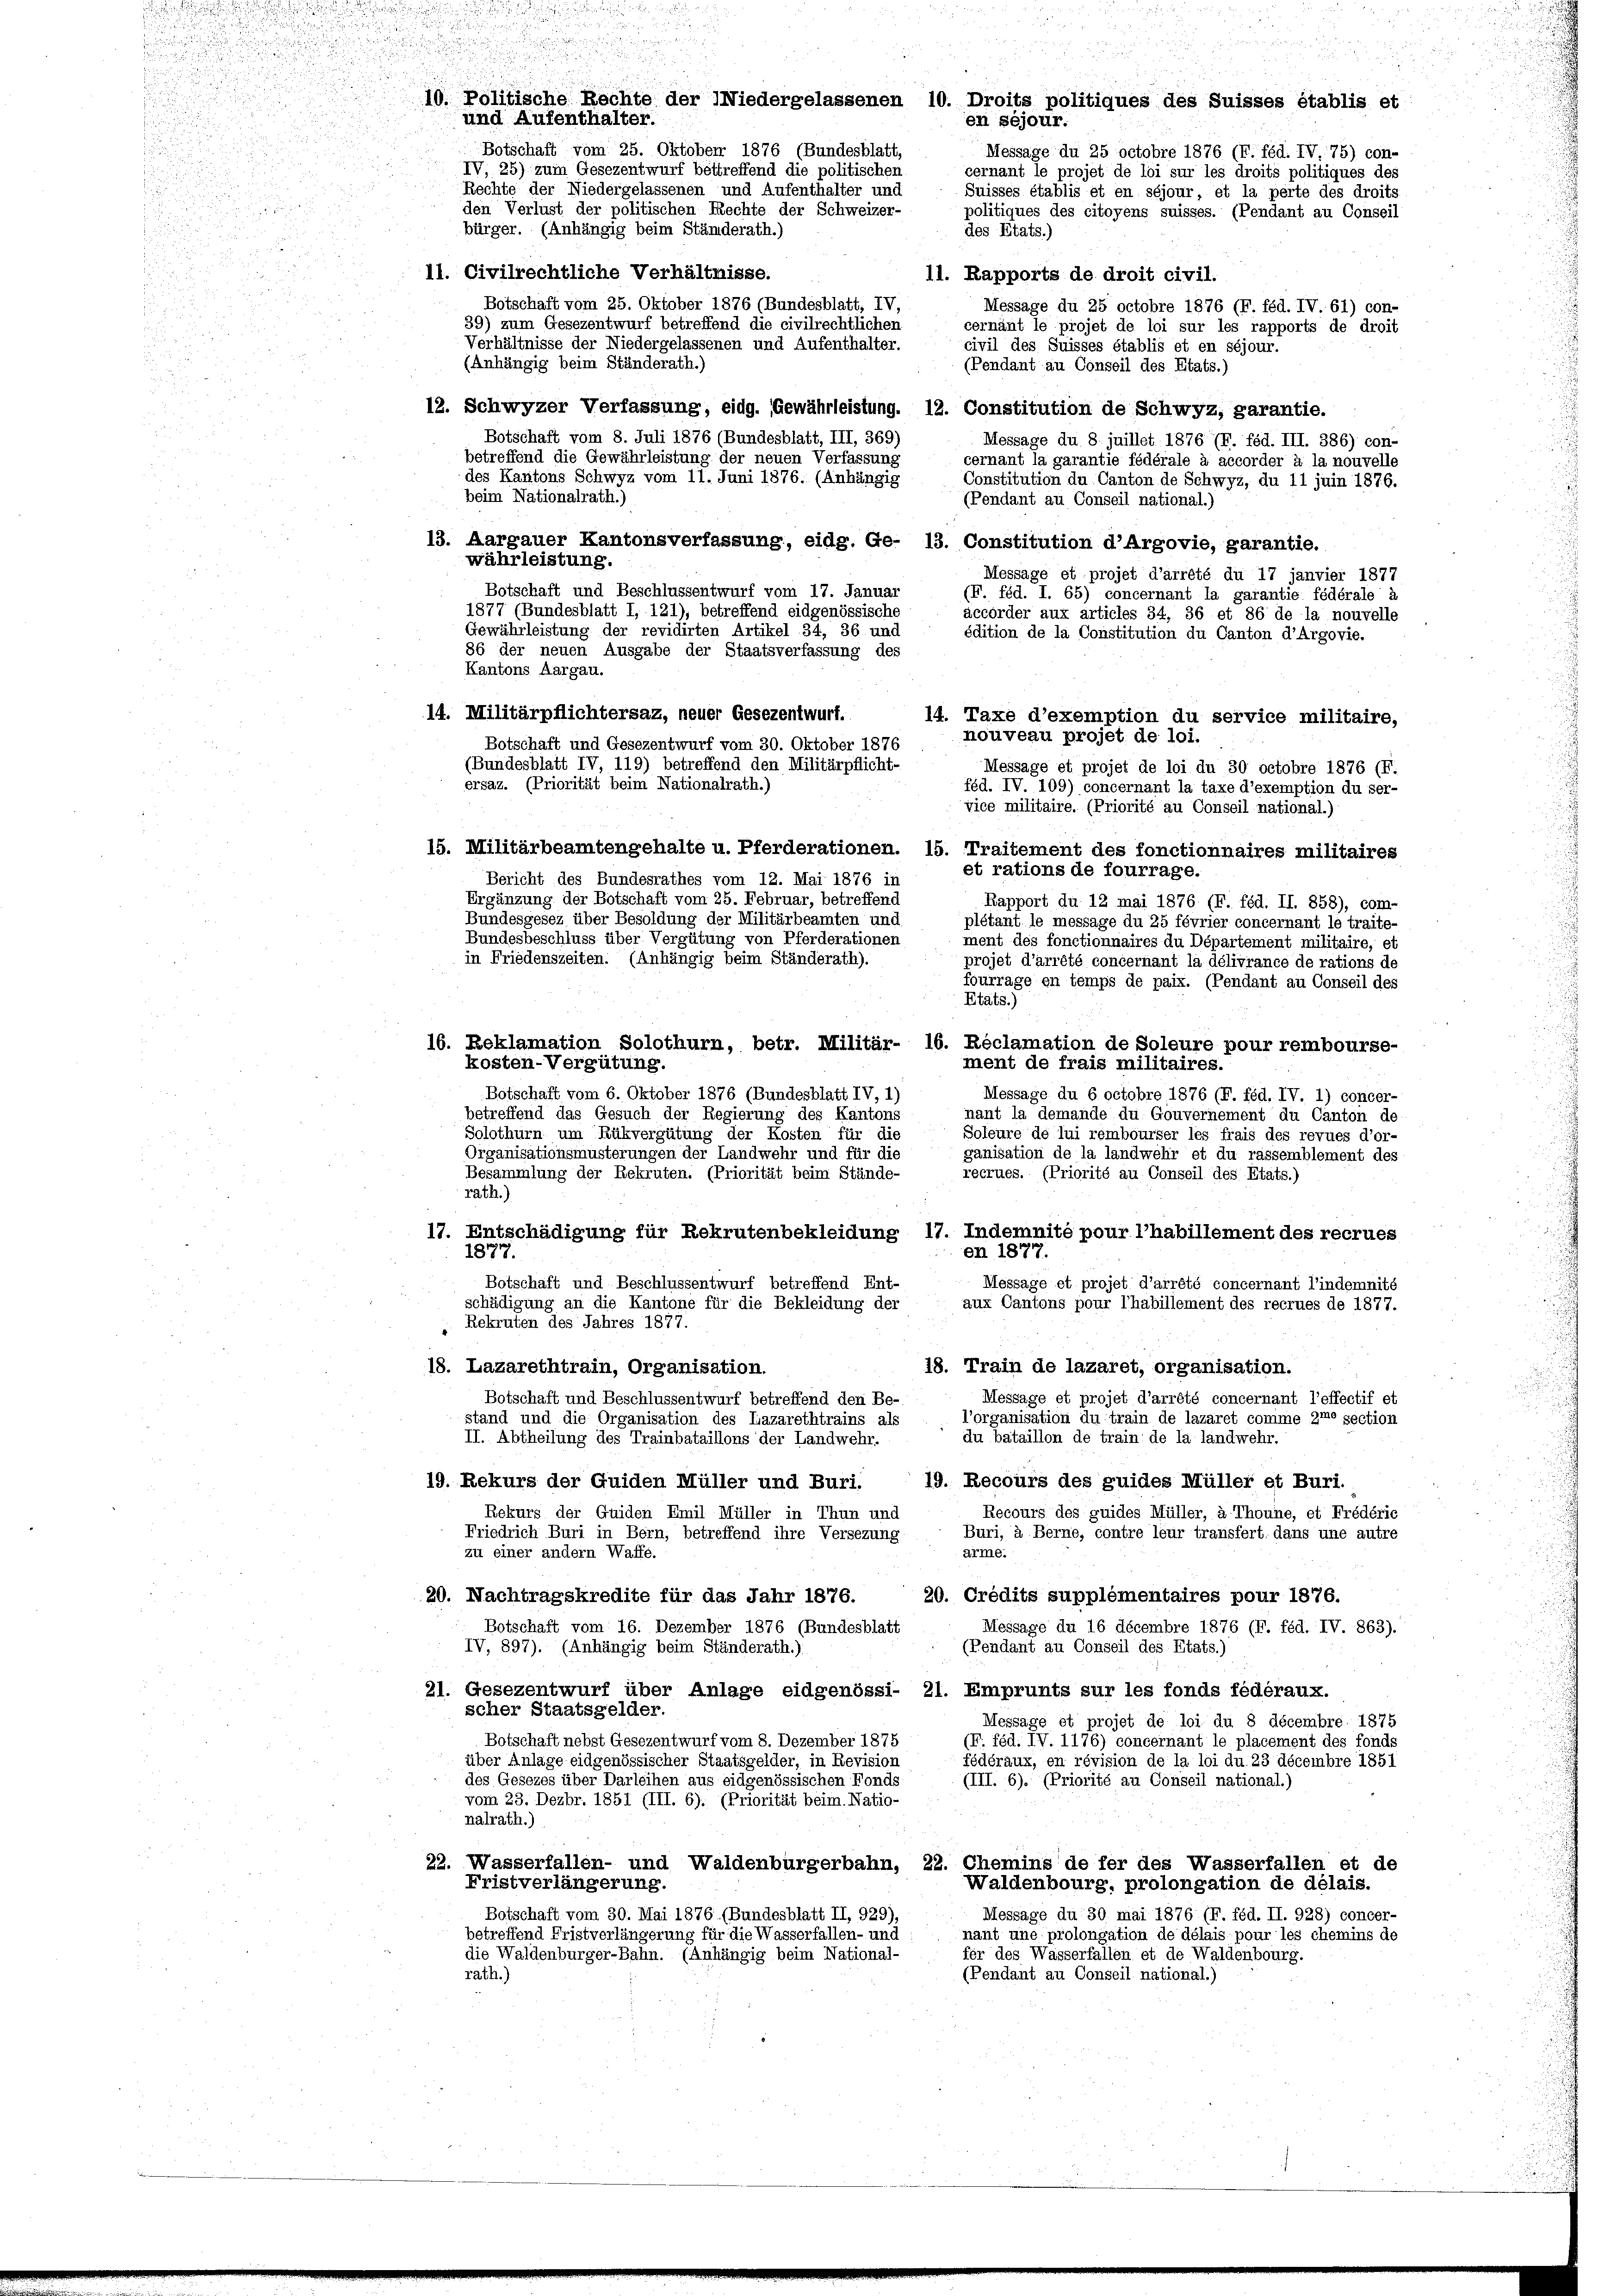
u
u

10. Politische Rechte der Niedergelassenen 10. Droits politiques des Suisses établis et
und Aufenthalter.
en séjour.
Botschaft vom 25. Oktober 1876 (Bundesblatt,
Message du 25 octobre 1876 (F. féd. IV. 75) con-
IV, 25) zum Gesezentwurf bettreffend die politischen
cernant le projet de loi sur les droits politiques des
Rechte der Niedergelassenen und Aufenthalter und
Suisses établis et en séjour, et la perte des droits-
den Verlust der politischen Rechte der Schweizer-
politiques des citoyens suisses. (Pendant au Conseil
bürger. (Anhängig beim Ständerath.)
des Etats.)

11. Civilrechtliche Verhältnisse.
11. Rapports de droit civil.
Botschaft vom 25. Oktober 1876 (Bundesblatt, IV,
Message du 25 octobre 1876 (F. féd. IV. 61) con-
39) zum Gesezentwurf betreffend die civilrechtlichen
cernant le projet de loi sur les rapports de droit
Verhältnisse der Niedergelassenen und Aufenthalter.
civil des Suisses établis et en séjour.
(Anhängig beim Ständerath.)
(Pendant au Conseil des Etats.)
12. Schwyzer Verfassung, eidg. Gewährleistung. 12. Constitution de Schwyz, garantie.
Botschaft vom 8. Juli 1876 (Bundesblatt, III, 369)
Message du 8 juillet 1876 (F. féd. III. 386) con-
betreffend die Gewährleistung der neuen Verfassung
cernant la garantie fédérale à accorder à la nouvelle
des Kantons Schwyz vom 11. Juni 1876. (Anhängig
Constitution du Canton de Schwyz, du 11 juin 1876.
beim Nationalrath.)
(Pendant au Conseil national.)
13. Aargauer Kantonsverfassung, eidg. Ge- 13. Constitution d’Argovie, garantie.
währleistung.
Message et projet d’arrêté du 17 janvier 1877
Botschaft und Beschlussentwurf vom 17. Januar
(F. féd. I. 65) concernant la garantie fédérale à
1877 (Bundesblatt I, 121), betreffend eidgenössische
accorder aux articles 34, 36 et 86 de la nouvelle
Gewährleistung der revidirten Artikel 34, 36 und
édition de la Constitution du Canton d’Argovie.
86 der neuen Ausgabe der Staatsverfassung des
Kantons Aargau.
14. Militärpflichtersaz, neuer Gesezentwurf.
14. Taxe d’exemption du service militaire,
nouveau projet de loi.
Botschaft und Gesezentwurf vom 30. Oktober 1876
(Bundesblatt IV, 119) betreffend den Militärpflicht-
Message et projet de loi du 30 octobre 1876 (F.
ersaz. (Priorität beim Nationalrath.)
féd. IV. 109) concernant la taxe d’exemption du ser-
vice militaire. (Priorité au Conseil national.)
15. Militärbeamtengehalte u. Pferderationen. 15. Traitement des fonctionnaires militaires
et rations de fourrage.
Bericht des Bundesrathes vom 12. Mai 1876 in
Ergänzung der Botschaft vom 25. Februar, betreffend
Rapport du 12 mai 1876 (F. féd. II. 858), com-
Bundesgesez über Besoldung der Militärbeamten und
plétant le message du 25 février concernant le traite-
Bundesbeschluss über Vergütung von Pferderationen
ment des fonctionnaires du Département militaire, et
in Friedenszeiten. (Anhängig beim Ständerath).
projet d’arrété concernant la délivrance de rations de
fourrage en temps de paix. (Pendant au Conseil des
Etats.)
16. Reklamation Solothurn, betr. Militär- 16. Reclamation de Soleure pour rembourse-
kosten-Vergütung.
ment de frais militaires.
Botschaft vom 6. Oktober 1876 (Bundesblatt IV, 1)
Message du 6 octobre 1876 (F. féd. IV. 1) concer-
betreffend das Gesuch der Regierung des Kantons
nant la demande du Gouvernement du Canton de
Solothurn um Rükvergütung der Kosten für die
Soleure de lui rembourser les frais des revues d’or-
Organisationsmusterungen der Landwehr und für die
ganisation de la landwehr et du rassemblement des
Besammlung der Rekruten. (Priorität beim Stände-
recrues. (Priorité au Conseil des Etats.)
rath.)
17. Entschädigung für Rekrutenbekleidung 17. Indemnité pour l’habillement des recrues
1877.
en 1877.
Botschaft und Beschlussentwurf betreffend Ent-
Message et projet d’arrêté concernant l’indemnité
schädigung an die Kantone für die Bekleidung der
aux Cantons pour l’habillement des recrues de 1877.
Rekruten des Jahres 1877.
18. Lazarethtrain, Organisation.
18. Train de lazaret, organisation.
Message et projet d’arrété concernant l’effectif et
Botschaft und Beschlussentwurf betreffend den Be-
l’organisation du train de lazaret comme ame section
stand und die Organisation des Lazarethtrains als
du bataillon de train de la landwehr.
II. Abtheilung des Trainbataillons der Landwehr.
19. Rekurs der Quiden Müller und Buri,
19. Recours des guides Müller et Buri.
Rekurs der Guiden Emil Müller in Thun und
Recours des guides Müller, à Thoune, et Frédérie
Buri, à Berne, contre leur transfert. dans une autre
Friedrich Buri in Bern, betreffend ihre Versezung
zu einer andern Waffe.
arme.
20. Nachtragskredite für das Jahr 1876.
20. Crédits supplémentaires pour 1876.
Botschaft vom 16. Dezember 1876 (Bundesblatt
Message du 16 décembre 1876 (F. féd. IV. 863).
(Pendant au Conseil des Etats.)
IV, 897). (Anhängig beim Ständerath.)
21. Gesezentwurf über Anlage eidgenössi- 21. Emprunts sur les fonds fédéraux.
scher Staatsgelder.
Message et projet de loi du 8 décembre 1875
Botschaft nebst Gesezentwurf vom 8. Dezember 1875
(F. féd. IV. 1176) concernant le placement des fonds
über Anlage eidgenössischer Staatsgelder, in Revision
fédéraux, en révision de la loi du. 23 décembre 1851
des Gesezes über Darleihen aus eidgenössischen Fonds
(III. 6). (Priorité au Conseil national.)
vom 23. Dezbr. 1851 (III. 6). (Priorität beim. Natio-
nalrath.)
22. Wasserfallen- und Waldenburgerbahn, 22. Chemins de fer des Wasserfallen et de
Fristverlängerung.
Waldenbourg, prolongation de délais.
Botschaft vom 30. Mai 1876. (Bundesblatt II, 929),
Message du 30 mai 1876 (F. féd. II. 928) concer-
betreffend Fristverlängerung für die Wasserfallen- und
nant une prolongation de délais pour les chemins de
die Waldenburger-Bahn. (Anhängig beim National-
fer des Wasserfallen et de Waldenbourg.
rath.)
(Pendant au Conseil national.)